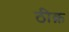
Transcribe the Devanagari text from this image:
ठीक़